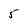
Character: 5